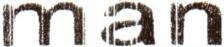
MAN